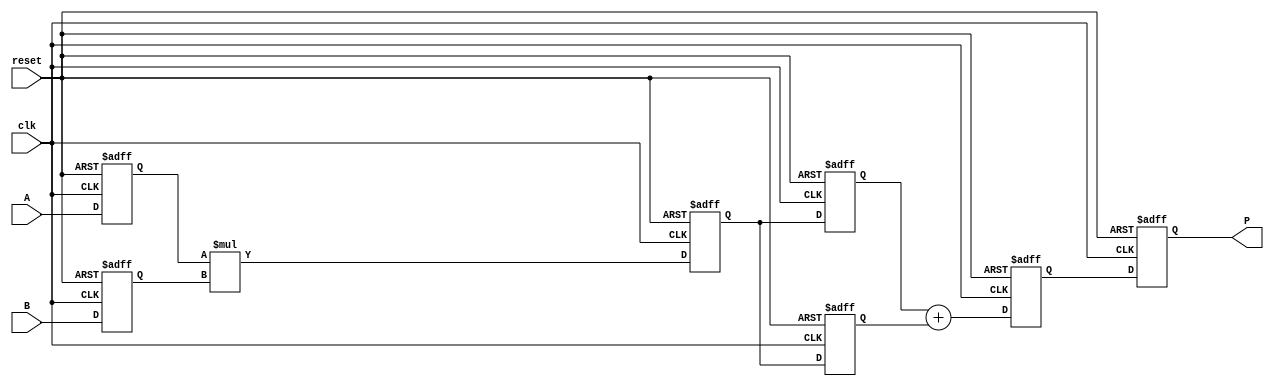
module SystolicMultiplier #(
    parameter WIDTH = 4 // Assume fixed-point with 4-bit width for simplicity
) (
    input  wire clk,
    input  wire reset,
    input  wire [WIDTH-1:0] A, // Input A
    input  wire [WIDTH-1:0] B, // Input B
    output reg [2*WIDTH-1:0] P // Output Product
);

    // Processing Element (PE) structure
    reg [WIDTH-1:0] pe_in_a[1:0][1:0]; // Input of PEs
    reg [WIDTH-1:0] pe_in_b[1:0][1:0]; // Input of PEs
    reg [2*WIDTH-1:0] pe_out[1:0][1:0]; // Output of PEs

    // Initialize outputs
    integer i, j;
    always @(posedge clk or posedge reset) begin
        if (reset) begin
            P <= 0;
            for (i = 0; i < 2; i = i + 1) begin
                for (j = 0; j < 2; j = j + 1) begin
                    pe_out[i][j] <= 0;
                    pe_in_a[i][j] <= 0;
                    pe_in_b[i][j] <= 0;
                end
            end
        end else begin
            // Shift inputs into PEs
            pe_in_a[0][0] <= A; // Input A to PE(0,0)
            pe_in_b[0][0] <= B; // Input B to PE(0,0)

            // Processing elements
            // PE(0,0)
            pe_out[0][0] <= pe_in_a[0][0] * pe_in_b[0][0]; // A[0] * B[0]

            // PE(0,1)
            pe_in_a[0][1] <= pe_in_a[0][0]; // Pass to right
            pe_in_b[0][1] <= 0; // We do not have B[1] in this example
            pe_out[0][1] <= pe_out[0][0]; // Accumulate from left

            // PE(1,0)
            pe_in_a[1][0] <= 0; // We do not have A[1] in this example
            pe_in_b[1][0] <= pe_in_b[0][0]; // Pass down
            pe_out[1][0] <= pe_out[0][0]; // Accumulate from above

            // PE(1,1)
            pe_in_a[1][1] <= pe_in_a[1][0]; // Pass from left
            pe_in_b[1][1] <= pe_in_b[0][1]; // Pass down
            pe_out[1][1] <= pe_out[0][1] + pe_out[1][0]; // Accumulate from left and above

            // Final product accumulation from PEs
            P <= pe_out[1][1]; // Collect the final product from the bottom right PE
        end
    end
endmodule